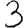
Digit: 3